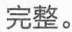
完整。